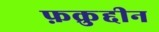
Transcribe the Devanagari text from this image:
फ़क्रुद्दीन